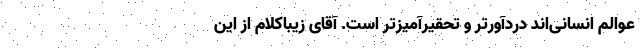
عوالم انسانی‌اند دردآورتر و تحقیرآمیزتر است. آقای زیباکلام از این